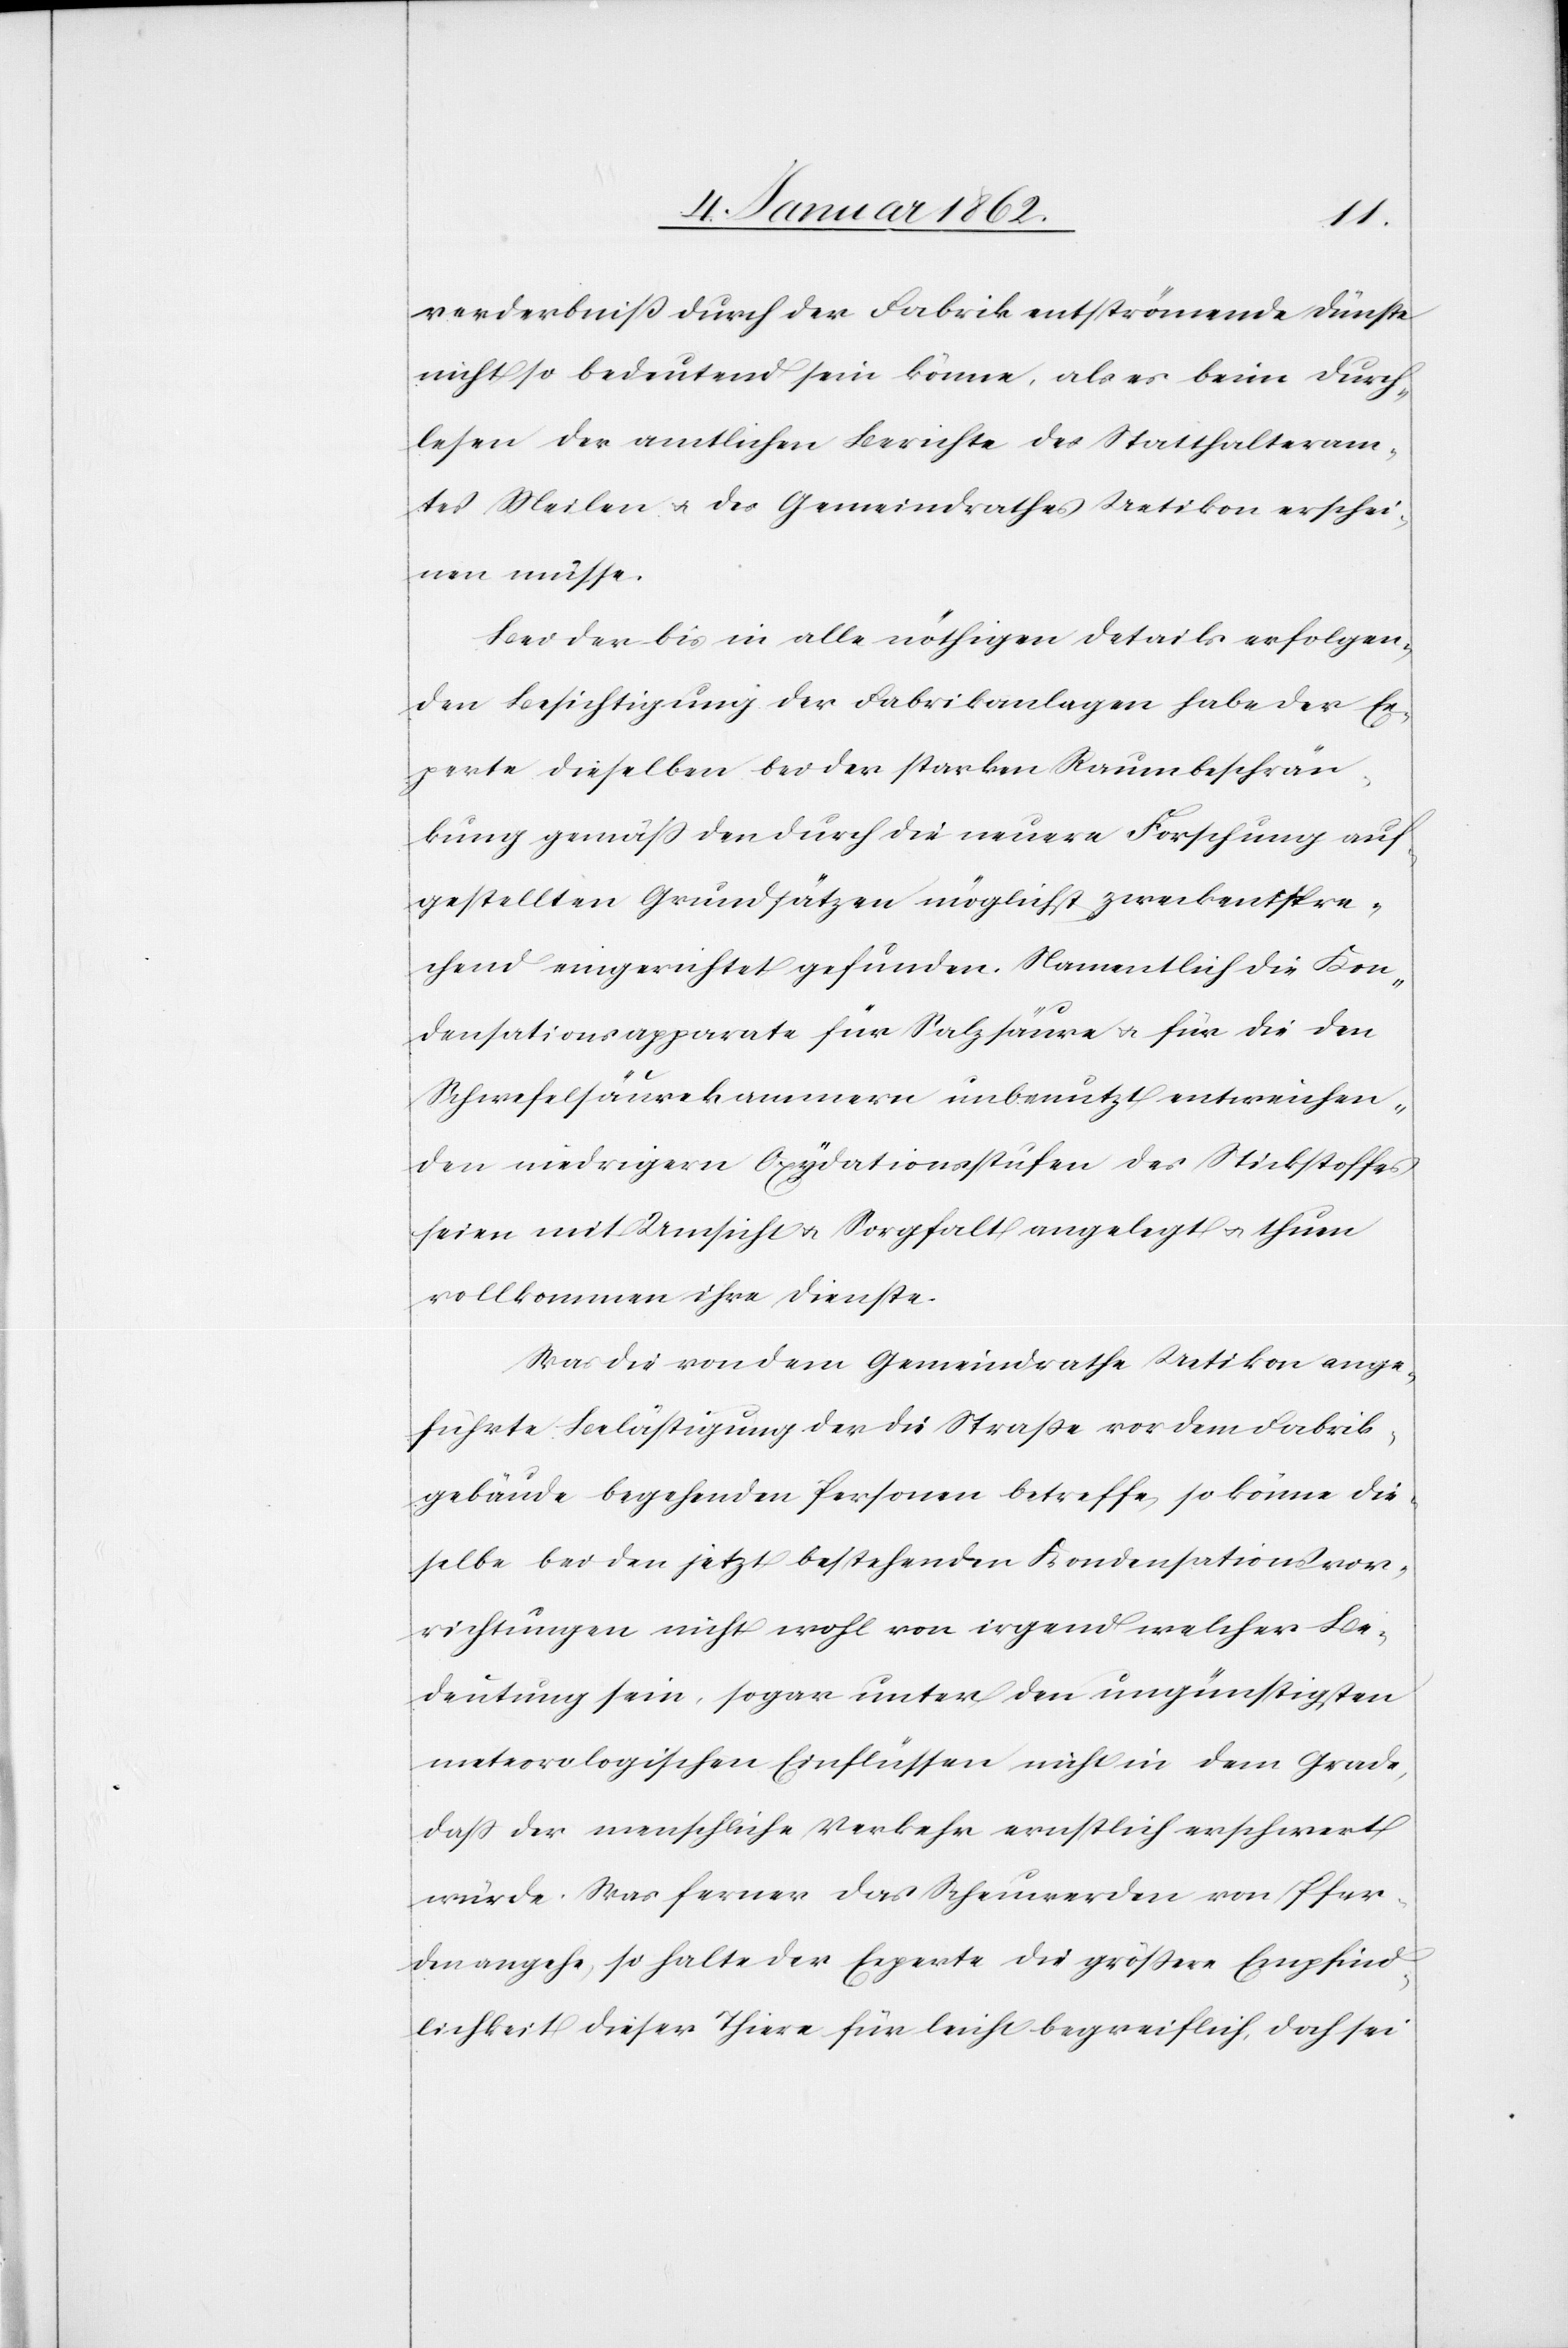
verderbniß durch der Fabrik entströmende Dünste
nicht so bedeutend sein könne, als es beim Durch¬
lesen der amtlichen Berichte des Statthalteram¬
tes Meilen u. des Gemeindrathes Uetikon erschei¬
nen müsse.
Bei der bis in alle nöthigen Details erfolgen¬
den Besichtigung der Fabrikanlagen habe der Ex¬
perte dieselben bei der starken Raumbeschrän¬
kung gemäß den durch die neuere Forschung auf¬
gestellten Grundsätzen möglichst zweckentspre¬
chend eingerichtet gefunden. Namentlich die Kon¬
densationsapparate für Salzsäure u. für die den
Schwefelsäurekammern unbenutzt entweichen¬
den niedrigern Oxydationsstufen des Stickstoffes
seien mit Umsicht u. Sorgfalt angelegt u. thun
vollkommen ihre Dienste.
Was die von dem Gemeindrathe Uetikon ange¬
führte Belästigung der die Straße vor dem Fabrik¬
gebäude begehenden Personen betreffe, so könne die¬
selbe bei den jetzt bestehenden Kondensationsvor¬
richtungen nicht wohl von irgend welcher Be¬
deutung sein, sogar unter den ungünstigsten
meteorologischen Einflüssen nicht in dem Grade,
daß der menschliche Verkehr ernstlich erschwert
würde. Was ferner das Scheuwerden von Pfer¬
den angehe, so halte der Experte die größere Empfind¬
lichkeit dieser Thiere für leicht begreiflich, doch sei